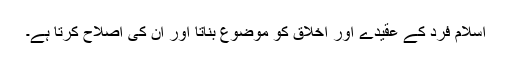
اسلام فرد کے عقیدے اور اخلاق کو موضوع بناتا اور ان کی اصلاح کرتا ہے۔